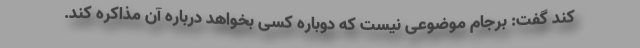
کند گفت: برجام موضوعی نیست که دوباره کسی بخواهد درباره آن مذاکره کند.